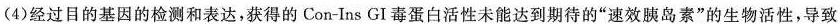
(4)经过目的基因的检测和表达，获得的Con-Ins GI毒蛋白活性未能达到期待的”速效胰岛素”的生物活性，导致